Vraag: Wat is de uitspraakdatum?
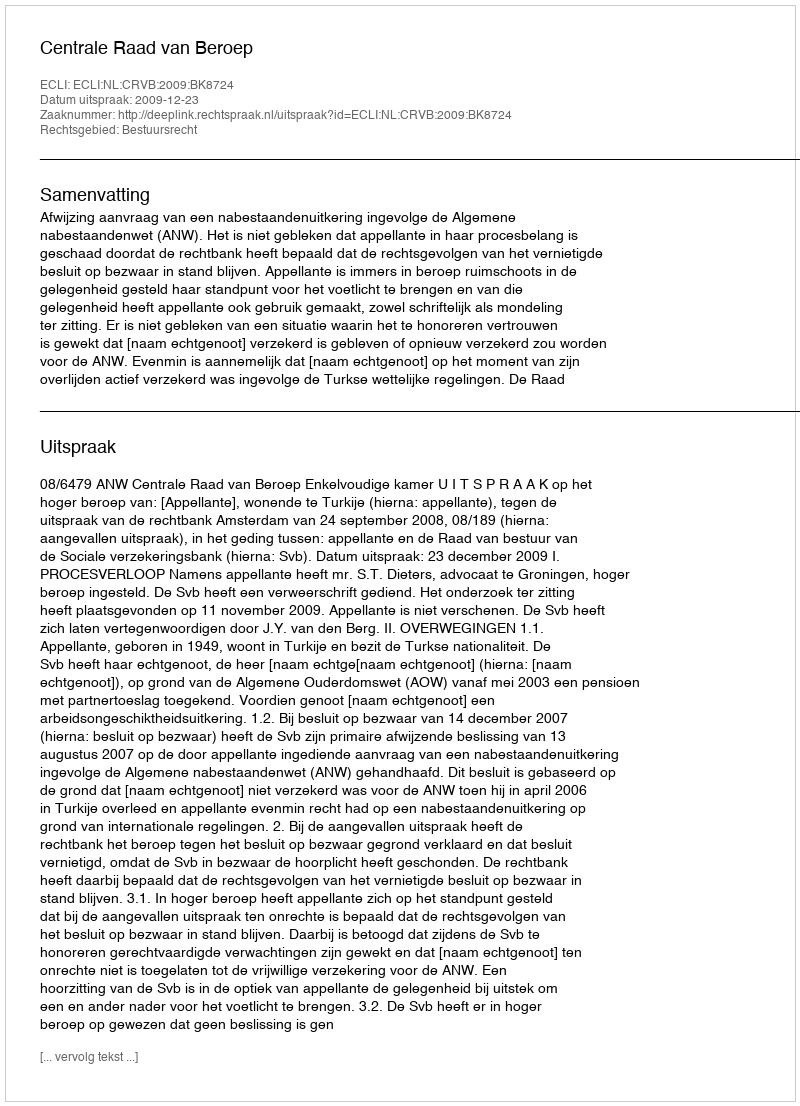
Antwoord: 2009-12-23